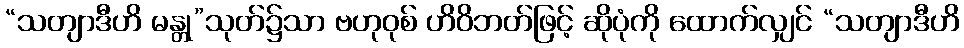
“သတျာဒီဟိ မန္တု”သုတ်၌သာ ဗဟုဝုစ် ဟိဝိဘတ်ဖြင့် ဆိုပုံကို ထောက်လျှင် “သတျာဒီဟိ